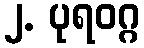
၂. ပုရဝဂ္ဂ